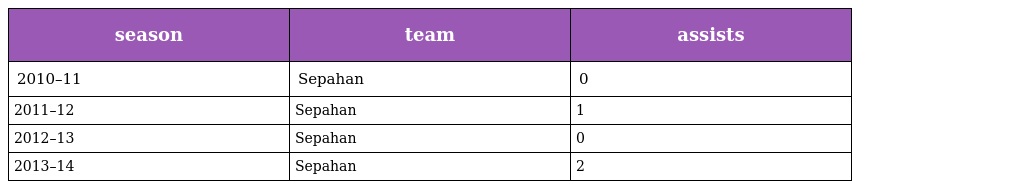
| season | team | assists |
 | --- | --- | --- |
 | 2010–11 | Sepahan | 0 |
 | 2011–12 | Sepahan | 1 |
 | 2012–13 | Sepahan | 0 |
 | 2013–14 | Sepahan | 2 |